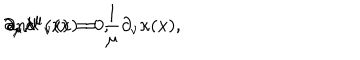
\partial _ { \mu } \lambda ^ { \mu } ( x ) = 0 , \hspace { 0 . 2 i n } \mathrm { a n d } \hspace { 0 . 2 i n } \partial _ { \mu } { \lambda ^ { \mu } } _ { \nu } ( x ) = \frac { 1 } { \mu } \partial _ { \nu } \kappa ( x ) ,